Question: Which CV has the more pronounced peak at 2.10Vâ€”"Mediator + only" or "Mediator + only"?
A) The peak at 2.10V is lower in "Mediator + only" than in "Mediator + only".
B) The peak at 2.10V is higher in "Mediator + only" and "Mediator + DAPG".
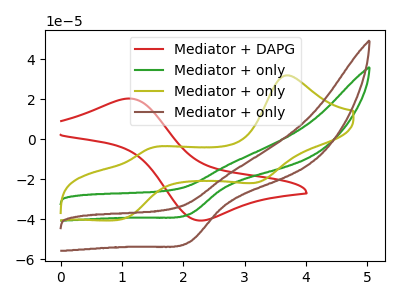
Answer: <think>The red curve "Mediator + DAPG" has an anodic peak at (1.10V, 20.30uA) and a cathodic peak at (2.30V, -40.65uA). The green curve "Mediator + only" has a cathodic peak at: (2.10V, -37.60uA). The olive curve "Mediator + only" has anodic peaks at (3.70V, 31.95uA) (1.45V, -4.45uA) and cathodic peaks at (3.20V, -21.50uA) (0.95V, -40.25uA). The brown curve "Mediator + only" has a cathodic peak at: (2.10V, -51.55uA).</think>
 <answer>A) The peak at 2.10V is lower in "Mediator + only" than in "Mediator + only".</answer>
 <eval>A</eval>